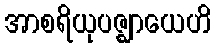
အာစရိယုပဇ္ဈာယေဟိ